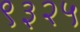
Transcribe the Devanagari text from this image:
९३२५